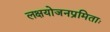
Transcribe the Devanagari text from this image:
लक्षयोजनप्रमिताः